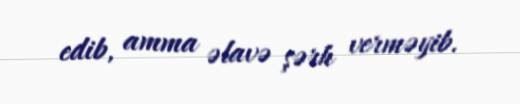
edib, amma əlavə şərh verməyib.